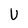
Character: U